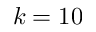
k = 1 0